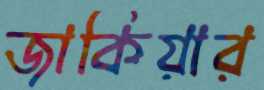
জাকিয়ার